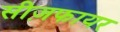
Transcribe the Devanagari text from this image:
सीज़फायर